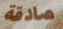
صادقة